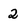
Character: 2